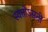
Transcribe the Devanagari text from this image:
स्वतोऽसती